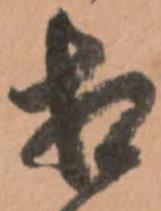
相